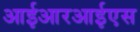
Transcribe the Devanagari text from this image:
आईआरआईएस